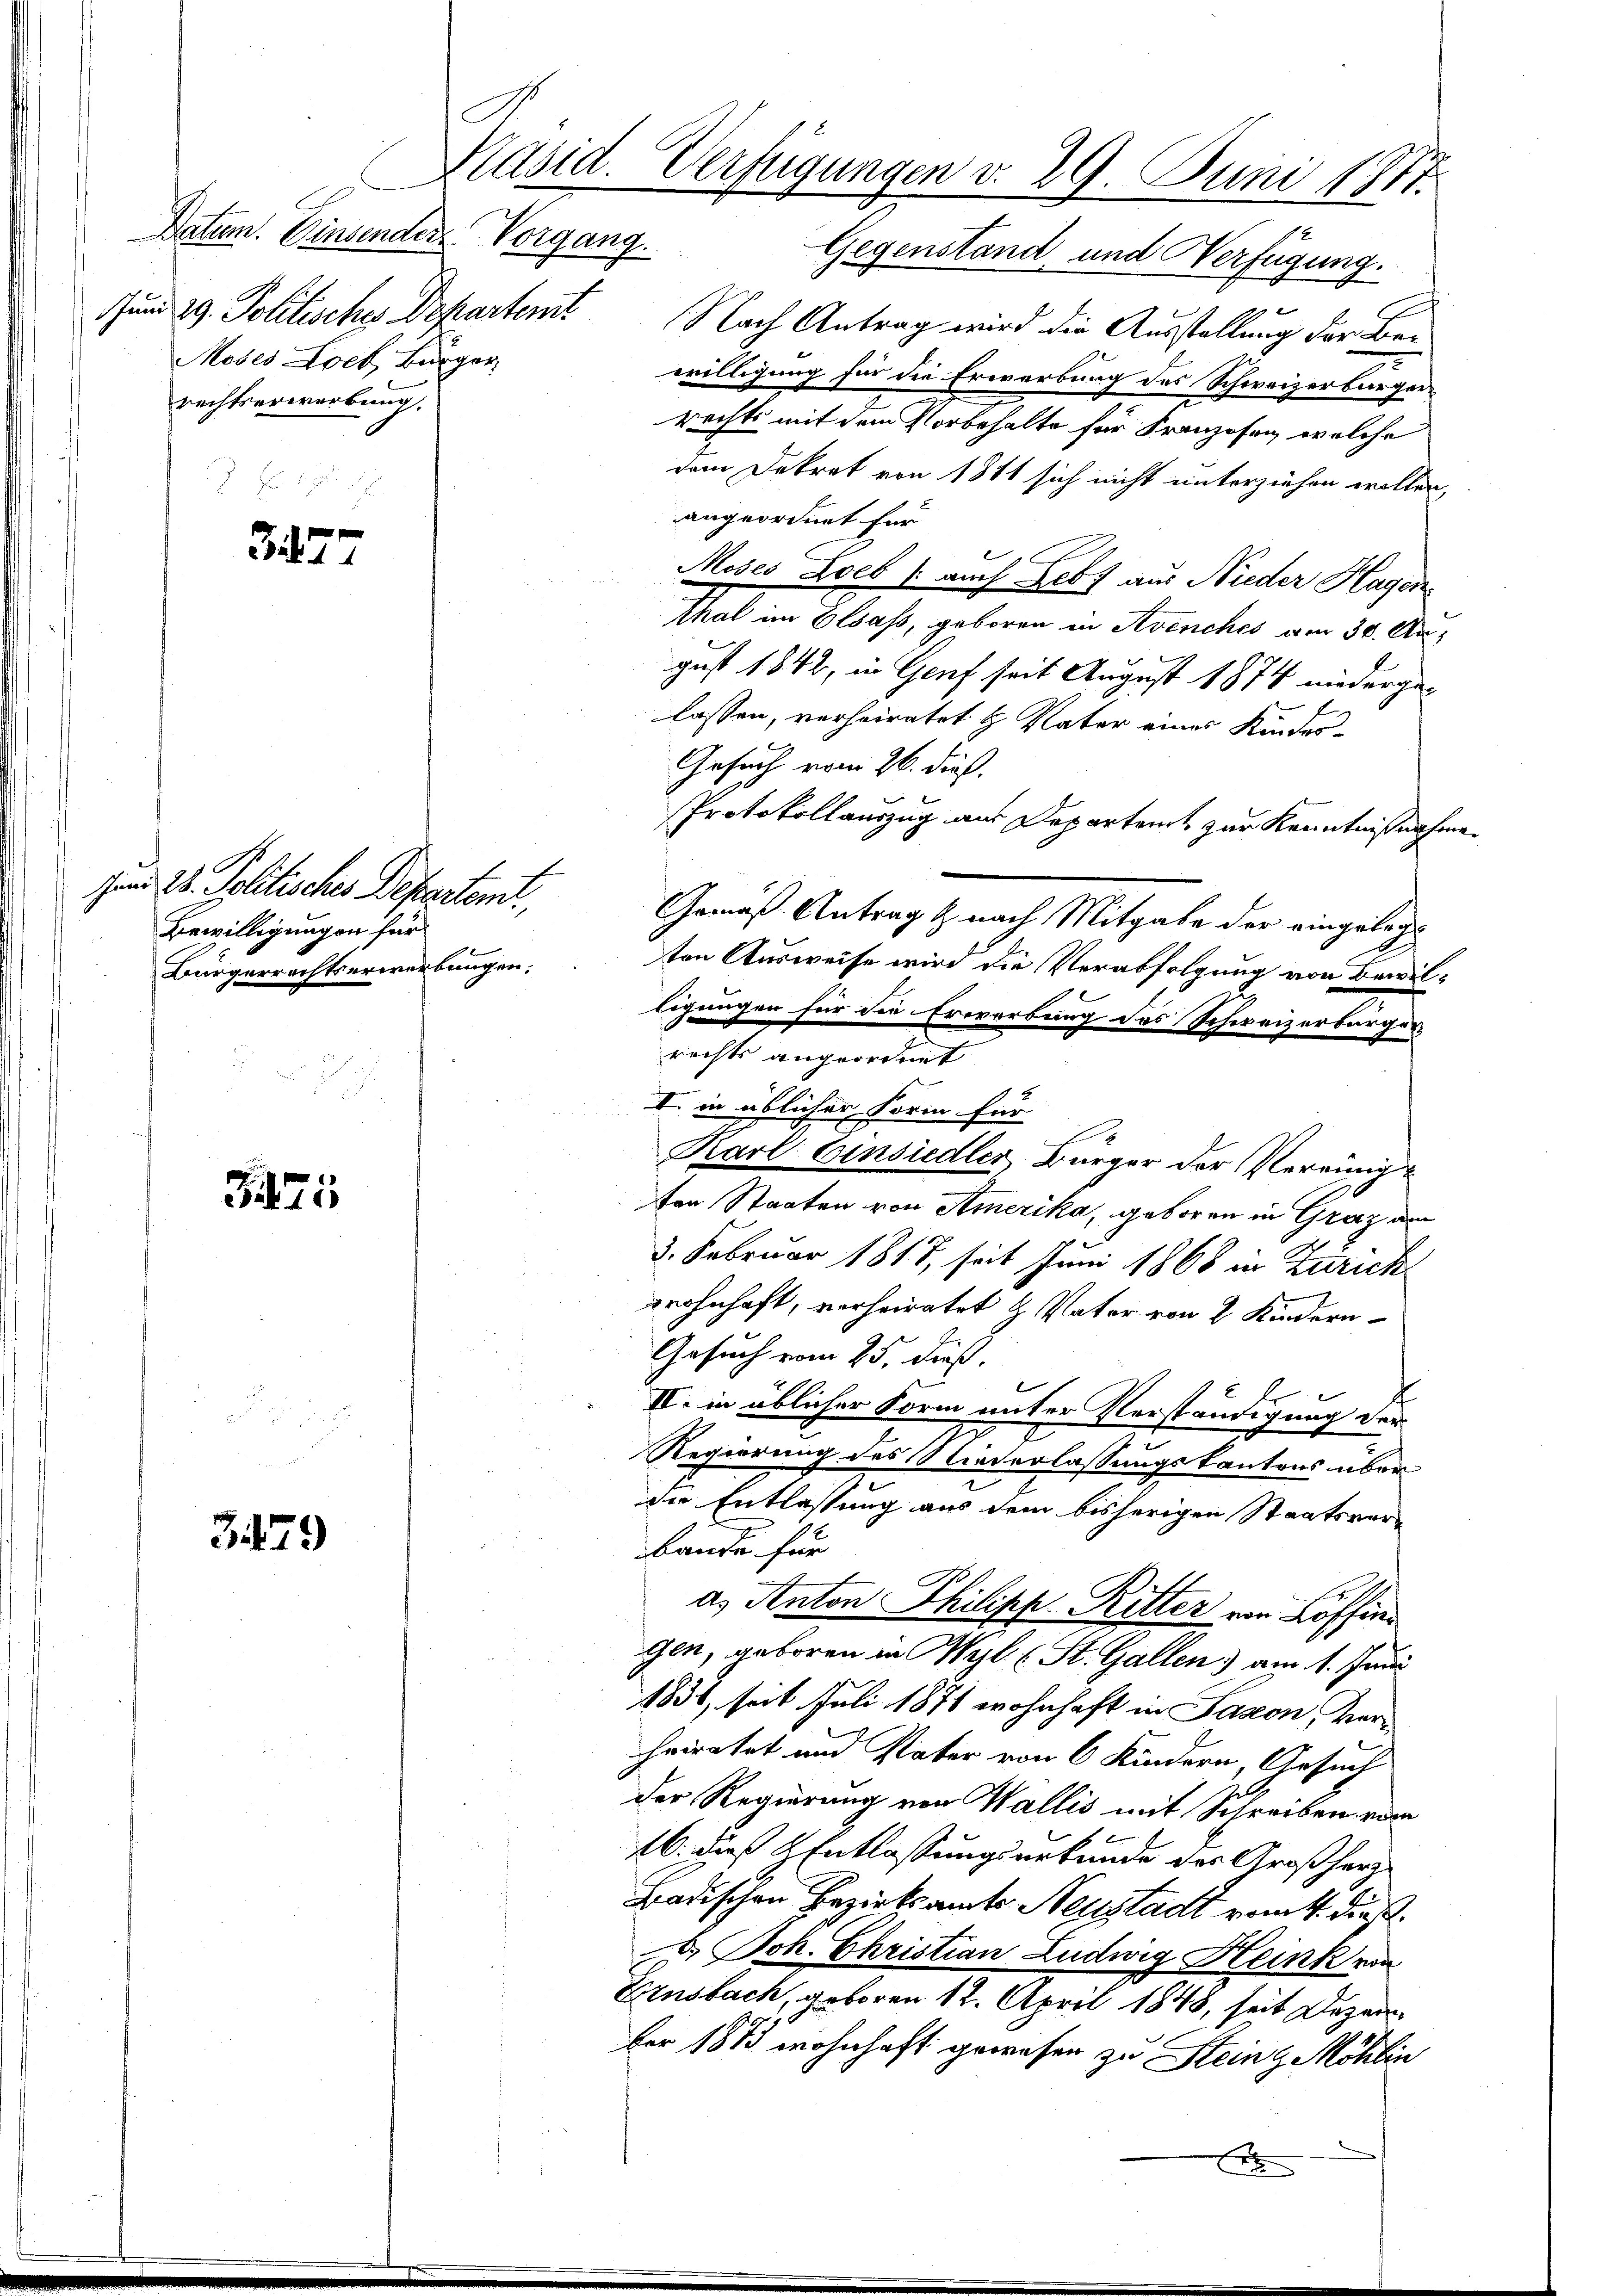
Datum. Einsender Vorgang.
und 29. Politisches Departemt
Moses Lock, Bürger
rechtserwerbung.

317

sam. D. Politisches Departem
Bewilligungen für
Bürgerrechtserwerbungen.

475

3479

Gegenstand, und Verfügung.
Nach Antrag wird die Ausstellung der Bewilligung für die Erwerbung des Schweizerbürgerrechts mit dem Vorbehalte für Franzosen, welche
dem Dekret von 1841 sich nicht unterziehen wollen,
angeordnet für
Moses Loeb (auch Lebt aus Nieder Hagen
Thal im Elsass, geboren in Avenches am 30. August 1842, in Genf seit August 1874 niederge-
lassen, verheiratet u. Vater eines Kinder-
Gesuch vom 26. dieß.
Protokollauszug aus Departent zur Kenntnißnahme
Gemäß Antrag & nach Mitgabe der eingelegt
ten Ausweise wird die Verabfolgung von Bewilligungen für die Erwerbung des Schweizerbürger
rechts angeordnet
I. in üblicher Form für
Karl Einsiedler, Bürger der Vereinig-
ton Staaten von Amerika, geboren in Graz am
3. Februar 1817, seit Juni 1868 in Zürich
wohnhaft, verheiratet & Vater von 2 Kindern
J
Gesuch vom 25. dieß.
II. in üblicher Form unter Verständigung der
Regierung des Niederlassungskantons über
die Entlassung aus dem bisherigen Staatsver-
bande für
a. Anton Philipp-Ritter von Löffen
gen, geboren in Wyl E. St. Gallen am 1. Juni
1836, soit Juli 1871 wohnhaft in Saxon, verheiratet und Vater von 6 Kindern, Gesuch
der Regierung von Wallis mit Schreiben vom
16. dies Entlassungsurkunde des Großherz
Badischen Bezirksamts Neustadt vom 4. dießb. Joh. Christian Ludwig Heink ein
Ensbach, geboren 12. April 1848, seit Dezember 1873 wohnhaft gewesen zu Steing Möhlin
x

Käsid. Verfügungen v. 29. Juni 1811.